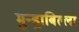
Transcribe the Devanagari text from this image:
मुन्ड्राबिल्ला